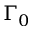
\Gamma _ { 0 }